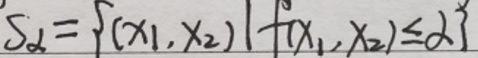
$S_{\alpha}=\left\{\left(x_{1}, x_{2}\right) \mid f\left(x_{1}, x_{2}\right) \leq \alpha\right\}$